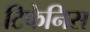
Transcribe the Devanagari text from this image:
टिफेनिस